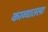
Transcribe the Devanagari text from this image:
काव्यातला